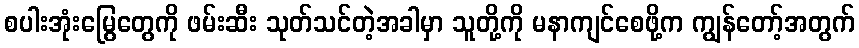
စပါးအုံးမြွေတွေကို ဖမ်းဆီး သုတ်သင်တဲ့အခါမှာ သူတို့ကို မနာကျင်စေဖို့က ကျွန်တော့်အတွက်